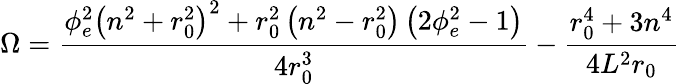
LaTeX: \Omega=\frac{\phi_{e}^{2}\left(n^{2}+r_{0}^{2}\right)^{2}+r_{0}^{2}\left(n^{2}-r_{0}^{2}\right)\left(2\phi_{e}^{2}-1\right)}{4r_{0}^{3}}-\frac{r_{0}^{4}+3n^{4}}{4L^{2}r_{0}}